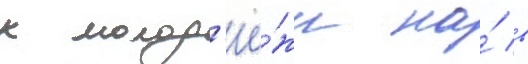
к молод'ё́жи на́ в